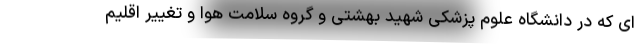
ای که در دانشگاه علوم پزشکی شهید بهشتی و گروه سلامت هوا و تغییر اقلیم